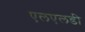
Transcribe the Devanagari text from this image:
एलएलडी